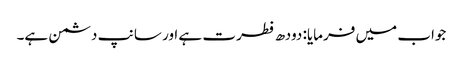
جواب میں فرمایا: دودھ فطرت ہے اور سانپ دشمن ہے۔